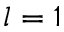
l = 1